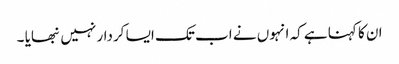
ان کا کہنا ہے کہ انہوں نے اب تک ایسا کردار نہیں نبھایا ۔